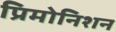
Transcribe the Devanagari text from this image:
प्रिमोनिशन